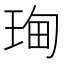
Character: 𮴝